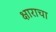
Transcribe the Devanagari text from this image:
क्षाराचा